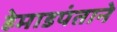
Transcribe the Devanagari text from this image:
हेमाडपंताने